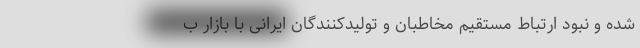
شده و نبود ارتباط مستقیم مخاطبان و تولیدکنندگان ایرانی با بازار ب